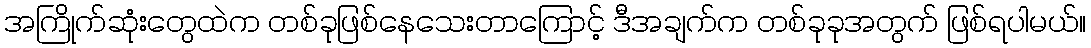
အကြိုက်ဆုံးတွေထဲက တစ်ခုဖြစ်နေသေးတာကြောင့် ဒီအချက်က တစ်ခုခုအတွက် ဖြစ်ရပါမယ်။